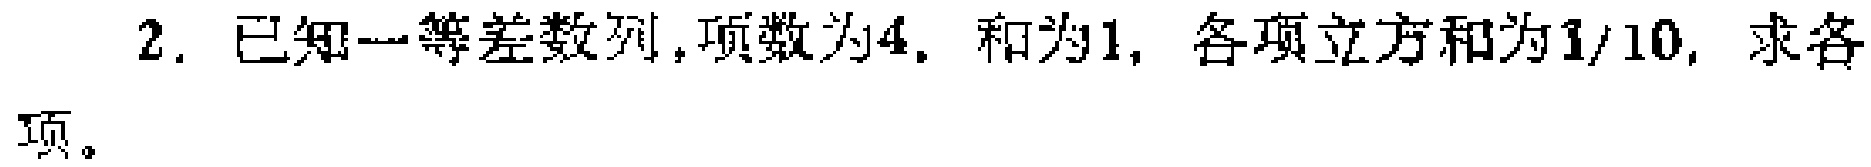
2. 已知一等差数列，项数为4，和为1，各项立方和为1/10，求各项。